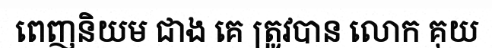
ពេញនិយម ជាង គេ ត្រូវបាន លោក គុយ